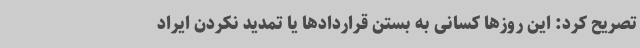
تصریح کرد: این روزها کسانی به بستن قراردادها یا تمدید نکردن ایراد